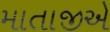
માતાજીએ